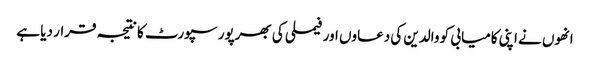
انھوں نے اپنی کامیابی کو والدین کی دعاوں اور فیملی کی بھرپور سپورٹ کا نتیجہ قرار دیا ہے